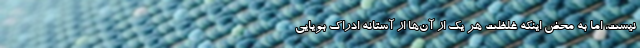
نیست، اما به محض اینکه غلظت هر یک از آن‌ها از آستانه ادراک بویایی